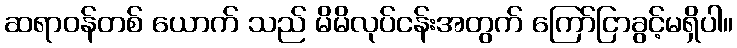
ဆရာဝန်တစ် ယောက် သည် မိမိလုပ်ငန်းအတွက် ကြော်ငြာခွင့်မရှိပါ။